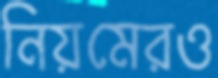
নিয়মেরও